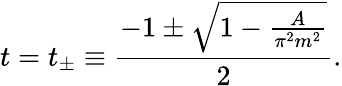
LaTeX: t=t_{\pm}\equiv\frac{-1\pm\sqrt{1-\frac{A}{\pi^{2}m^{2}}}}{2}.